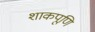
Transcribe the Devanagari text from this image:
शाकपूणि